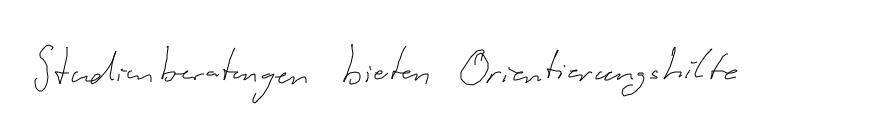
Studienberatungen bieten Orientierungshilfe.